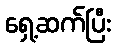
ရှေ့ဆက်ပြီး